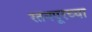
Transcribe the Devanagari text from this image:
रतनपूरच्या